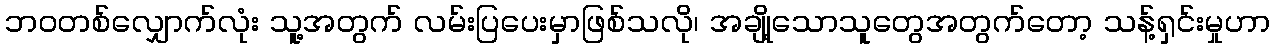
ဘဝတစ်လျှောက်လုံး သူ့အတွက် လမ်းပြပေးမှာဖြစ်သလို၊ အချို့သောသူတွေအတွက်တော့ သန့်ရှင်းမှုဟာ